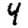
Digit: 4